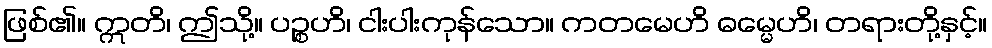
ဖြစ်၏။ ဣတိ၊ ဤသို့။ ပဉ္စဟိ၊ ငါးပါးကုန်သော။ ကတမေဟိ ဓမ္မေဟိ၊ တရားတို့နှင့်။